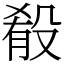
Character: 殽